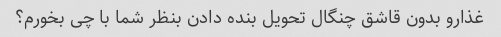
غذارو بدون قاشق چنگال تحویل بنده دادن بنظر شما با چی بخورم؟